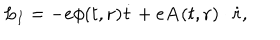
LaTeX: L _ { I } = - e \phi ( t , { \bf r } ) \dot { t } + e { \bf A } ( t , { \bf r } ) \cdot \dot { \bf r } ,